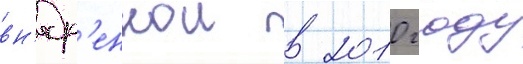
вн'едр'еннои в 2010 году